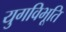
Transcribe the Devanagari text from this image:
युगविभूति